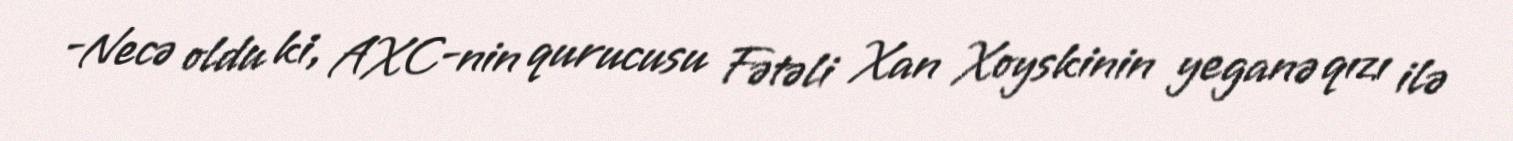
-Necə oldu ki, AXC-nin qurucusu Fətəli Xan Xoyskinin yeganə qızı ilə